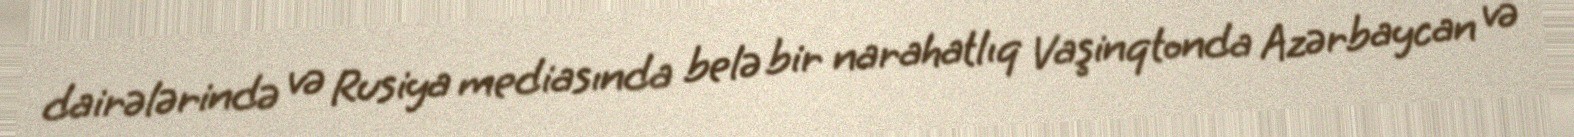
dairələrində və Rusiya mediasında belə bir narahatlıq Vaşinqtonda Azərbaycan və